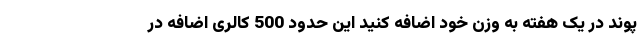
پوند در یک هفته به وزن خود اضافه کنید این حدود 500 کالری اضافه در